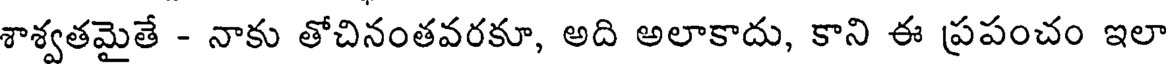
శాశ్వతమైతే - నాకు తోచినంతవరకూ, అది అలాకాదు, కాని ఈ ప్రపంచం ఇలా